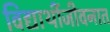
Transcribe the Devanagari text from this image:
विद्यार्थीजीवनात